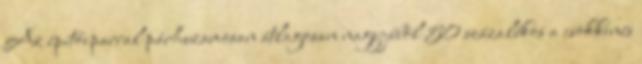
Az építőiparral párhuzamosan átlagosan nagyjából 50 százalékos a csökkenés